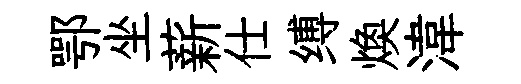
鄂坐薪仕缚焕湋